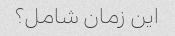
این زمان شامل؟